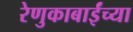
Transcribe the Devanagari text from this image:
रेणुकाबाईंच्या